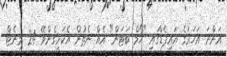
އަންނަ އަހަރުގެ އައިޕެޑްގައި "ހޯމް ބަޓަން" އެއް ނެތުން އެކަށީގެންވޭ 24 މިނެޓް